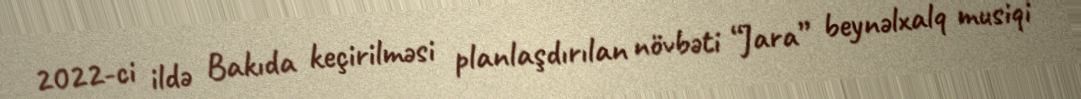
2022-ci ildə Bakıda keçirilməsi planlaşdırılan növbəti “Jara” beynəlxalq musiqi